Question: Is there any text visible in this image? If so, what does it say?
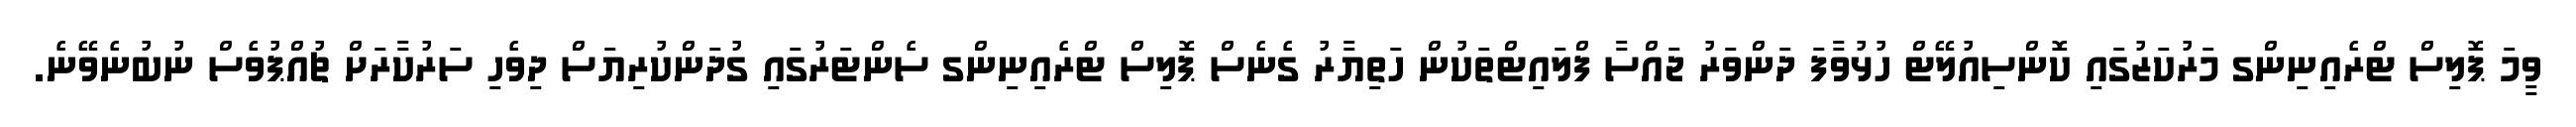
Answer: ވީމަ ޕޮލިސް ޓްރެއިނިންގ މަރުކަޒުގައި ކޮންސިއުލޭޓް ހުޅުވާފަ ދަންވަރު ޖައްސާ ފްލައިޓްތަކުން ހަތިޔާރު ގެނެސް ޕޮލިސް ޓްރެއިނިންގ ސެންޓަރުގައި ގުދަންކުރިޔަސް ދިވެހި ސަރުކާރަށް ޗުއްޕުވެސް ނުބުނެވޭނެ.